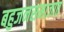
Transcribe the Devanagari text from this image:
बहुजनसमाजात